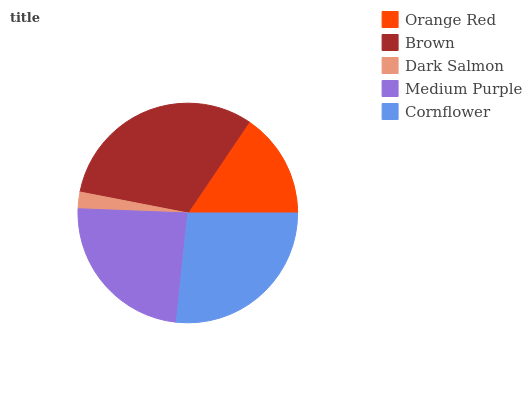
| Orange Red | Brown | Dark Salmon | Medium Purple | Cornflower |
 | --- | --- | --- | --- | --- |
 | 15.6% | 31.4% | 2.45% | 23.9% | 26.7% |